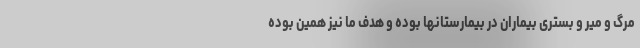
مرگ و میر و بستری بیماران در بیمارستانها بوده و هدف ما نیز همین بوده